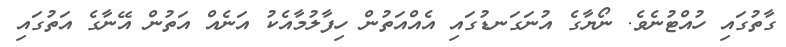
ގާތުގައި ހުއްޓުނެވެ. ނޯޔާގެ އުނަގަނޑުގައި އެއްއަތުން ހިފާލުމާއެކު އަނެއް އަތުން އޭނާގެ އަތުގައި